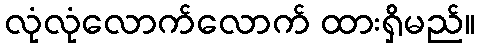
လုံလုံလောက်လောက် ထားရှိမည်။